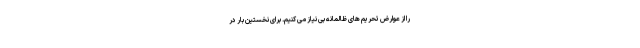
را از عوارض تحریم های ظالمانه بی نیاز می کنیم. برای نخستین بار در